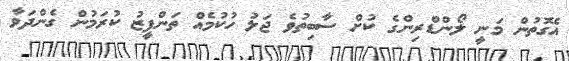
އެގޮތުން މަނީ ލޯންޑްރިންގެ ކުށް ސާބިތުވެ ޖަލު ހުކުމެއް ތަންފީޒު ކުރަމުން ގެންދަވާ